Madras plague regulations in force outside the Presidency town - Volume 2
Disease focus: Plague
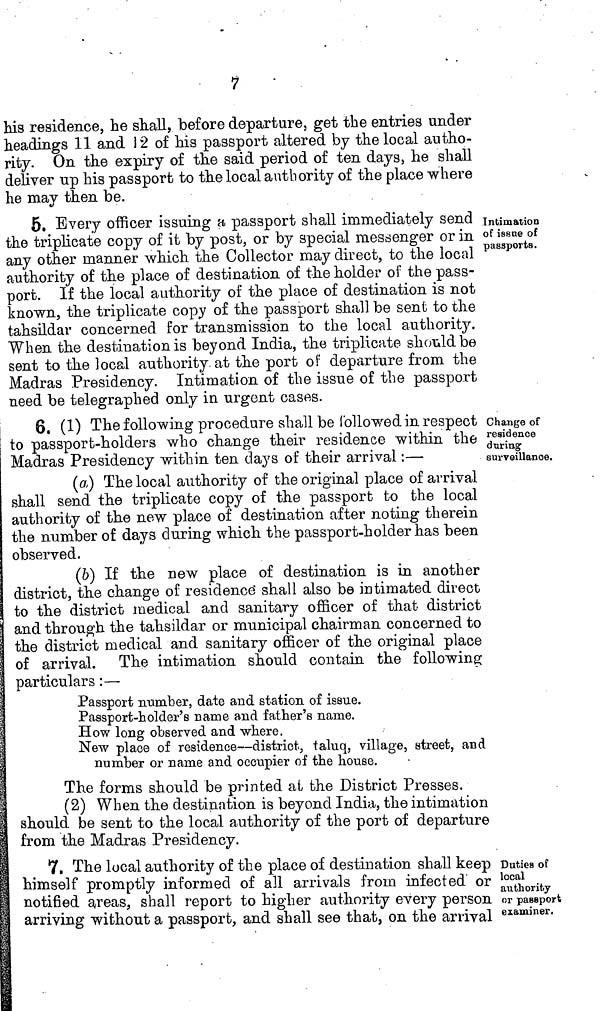
7
his residence, he shall, before departure, get the entries under
headings 11 and 12 of his passport altered by the local autho-
rity. On the expiry of the said period of ten days, he shall
deliver up his passport to the local authority of the place where
he may then be.
Intimation
of issne of
passports.
5. Every officer issuing a, passport shall immediately send
the triplicate copy of it by post, or by special messenger or in
any other manner which the Collector may direct, to the local
authority of the place of destination of the holder of the pass-
port. If the local authority of the place of destination is not
known, the triplicate copy of the passport shall be sent to the
tahsildar concerned for transmission to the local authority.
When the destination is beyond India, the triplicate should be
sent to the local authority, at the port of departure from the
Madras Presidency. Intimation of the issue of the passport
need be telegraphed only in urgent cases.
Change of
residence
during
surveillance.
|
6. (1) The following procedure shall be followed in respect
to passport-holders who change their residence within the
Madras Presidency within ten days of their arrival :—
(a) The local authority of the original place of arrival
shall send the triplicate copy of the passport to the local
authority of the new place of destination after noting therein
the number of days during which the passport-holder has been
observed.
(b) If the new place of destination is in another
district, the change of residence: shall also be intimated direct
to the district medical and sanitary officer of that district
and through the tahsildar or municipal chairman concerned to
the district medical and sanitary officer of the original place
of arrival. The intimation should contain the following
particulars :—
Passport number, date and station of issue.
Passport-holder's name and father's name.
How long observed and where.
New place of residence—district, taluq, village, street, and
number or name and occupier of the house.
The forms should be printed at the District Presses.
(2) When the destination is beyond India, the intimation
should be sent to the local authority of the port of departure
from the Madras Presidency.
Duties of
local
authority
or passport
examiner.
7. The local authority of the place of destination shall keep
himself promptly informed of all arrivals from infected or
notified areas, shall report to higher authority every person
arriving without a passport, and shall see that, on the arrival